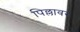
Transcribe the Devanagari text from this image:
पिल्लावर